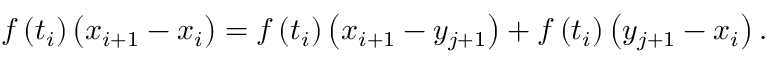
f \left( t _ { i } \right) \left( x _ { i + 1 } - x _ { i } \right) = f \left( t _ { i } \right) \left( x _ { i + 1 } - y _ { j + 1 } \right) + f \left( t _ { i } \right) \left( y _ { j + 1 } - x _ { i } \right) .